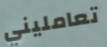
تعامليني